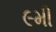
૯મી